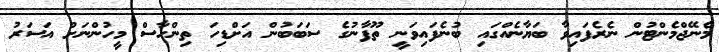
މެނޭޖްމެންޓުން ނެރެފައިވާ ބަޔާނެއްގައި ބުނެފައިވަނީ ތޫފާނުގެ ސަބަބުން އަށްޑިހަ ތިންހާސް މީހުންނަށް އަސަރު